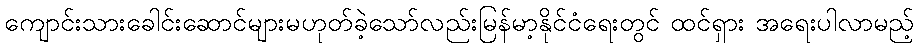
ကျောင်းသားခေါင်းဆောင်များမဟုတ်ခဲ့သော်လည်းမြန်မာ့နိုင်ငံရေးတွင် ထင်ရှား အရေးပါလာမည့်